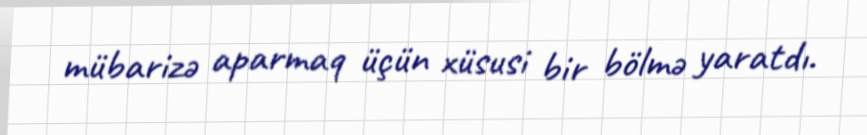
mübarizə aparmaq üçün xüsusi bir bölmə yaratdı.